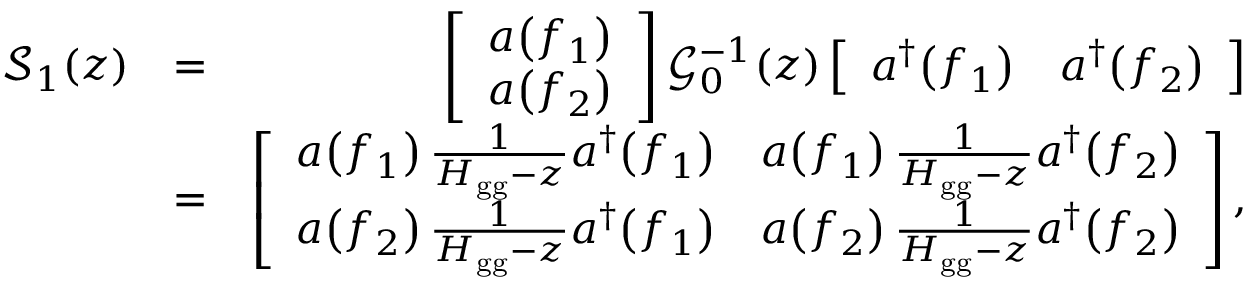
\begin{array} { r l r } { \mathcal { S } _ { 1 } ( z ) } & { = } & { \left[ \begin{array} { c } { a \! \left( f _ { 1 } \right) } \\ { a \! \left( f _ { 2 } \right) } \end{array} \right] \mathcal { G } _ { 0 } ^ { - 1 } ( z ) \left[ \begin{array} { c c } { a ^ { \dag } \! \left( f _ { 1 } \right) } & { a ^ { \dag } \! \left( f _ { 2 } \right) } \end{array} \right] } \\ & { = } & { \left[ \begin{array} { c c } { a \! \left( f _ { 1 } \right) \frac { 1 } { H _ { \mathrm { g g } } - z } a ^ { \dag } \! \left( f _ { 1 } \right) } & { a \! \left( f _ { 1 } \right) \frac { 1 } { H _ { \mathrm { g g } } - z } a ^ { \dag } \! \left( f _ { 2 } \right) } \\ { a \! \left( f _ { 2 } \right) \frac { 1 } { H _ { \mathrm { g g } } - z } a ^ { \dag } \! \left( f _ { 1 } \right) } & { a \! \left( f _ { 2 } \right) \frac { 1 } { H _ { \mathrm { g g } } - z } a ^ { \dag } \! \left( f _ { 2 } \right) } \end{array} \right] , } \end{array}